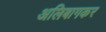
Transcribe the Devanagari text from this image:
अलिबागकर